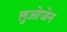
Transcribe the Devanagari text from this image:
लुओजेन